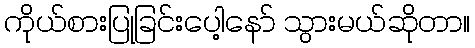
ကိုယ်စားပြုခြင်းပေါ့နော် သွားမယ်ဆိုတာ။